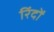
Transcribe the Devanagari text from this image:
रिंदों